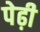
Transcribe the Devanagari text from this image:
पेढ़ी